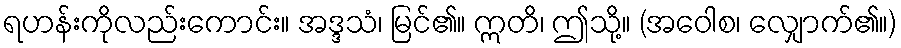
ရဟန်းကိုလည်းကောင်း။ အဒ္ဒသံ၊ မြင်၏။ ဣတိ၊ ဤသို့။ (အဝေါစ၊ လျှောက်၏။)